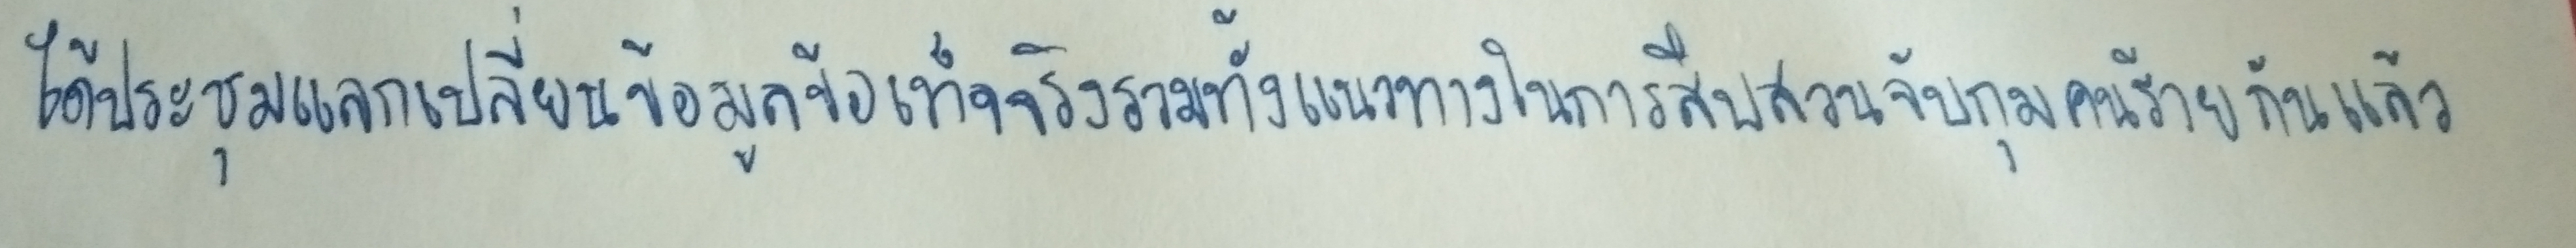
ได้ประชุมแลกเปลี่ยนข้อมูลข้อเท็จจริงรวมทั้งแนวทางในการสืบสวนจับกุมคนร้ายกันแล้ว